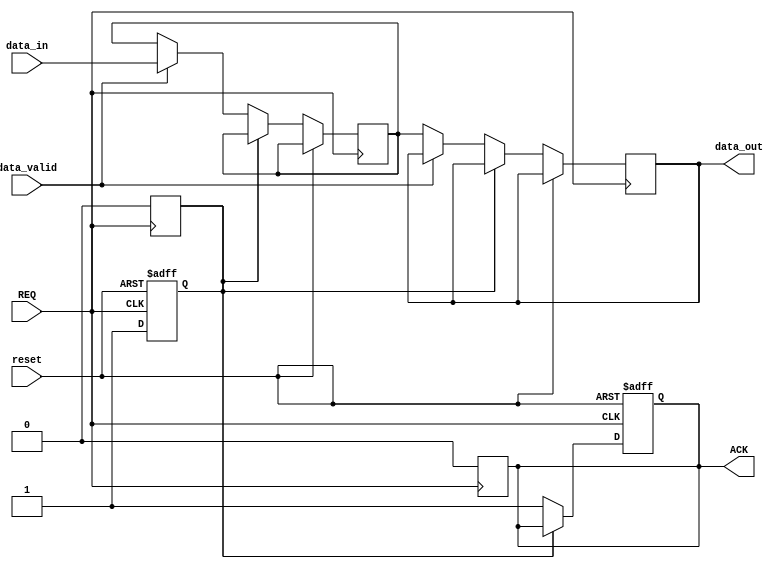
module MemoryBlock (
    input wire REQ,              // Request signal from controller
    input wire [7:0] data_in,    // Data input from controller
    output reg ACK,              // Acknowledge signal to controller
    output reg [7:0] data_out,   // Data output to controller
    input wire reset,            // Reset signal
    input wire data_valid        // Signal to indicate data is valid
);

    reg [7:0] memory [0:255];    // Simple memory array
    reg busy;                     // Indicates if the memory is busy

    always @(posedge REQ or posedge reset) begin
        if (reset) begin
            ACK <= 0;
            busy <= 0;
        end else if (!busy) begin
            busy <= 1; // Start processing the request
            if (data_valid) begin
                memory[0] <= data_in; // Write data to memory (example address 0)
                ACK <= 1; // Acknowledge the write operation
            end else begin
                data_out <= memory[0]; // Read data from memory (example address 0)
                ACK <= 1; // Acknowledge the read operation
            end
        end
    end

    always @(negedge REQ) begin
        busy <= 0; // Clear busy state on REQ deassertion
        ACK <= 0; // Deassert ACK when REQ is deasserted
    end

endmodule